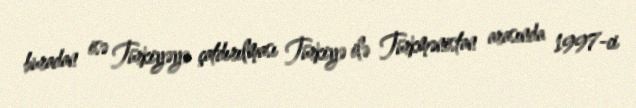
buradan isə Türkiyəyə çatdırılması Türkiyə ilə Türkmənistan arasında 1997-ci